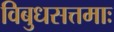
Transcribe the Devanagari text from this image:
विबुधसत्तमाः